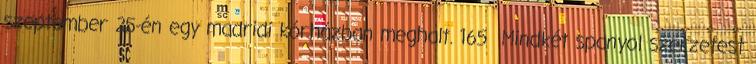
szeptember 25-én egy madridi kórházban meghalt. 165 Mindkét spanyol szerzetest